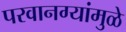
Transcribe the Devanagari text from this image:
परवानग्यांमुळे